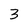
Character: 3